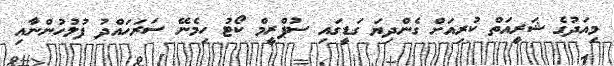
މިއަދުގެ ޝަރީއަތް ކުރިއަށް ގެންދިޔަ ގަޑީގައި ސުޕްރީމް ކޯޓު ހިމެނޭ ސަރަހައްދު ފުލުހުންނާއި